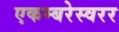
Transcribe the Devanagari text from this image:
एकम्बरेस्वरर